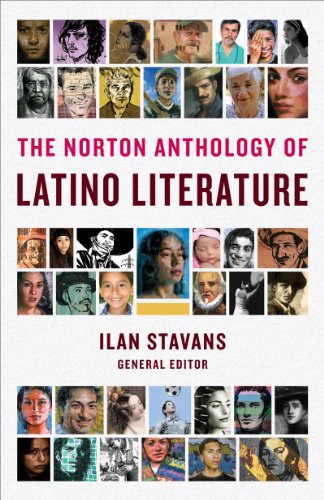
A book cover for The Norton Anthology of Latino Literature; Literature & Fiction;